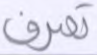
تصرف